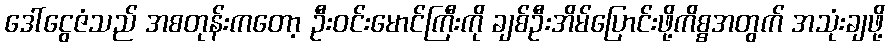
ဒေါ်ငွေဇံသည် အစတုန်းကတော့ ဦးဝင်းမောင်ကြီးကို ချစ်ဦးအိမ်ပြောင်းဖို့ကိစ္စအတွက် အသုံးချဖို့